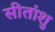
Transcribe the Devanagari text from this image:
सीतांशु